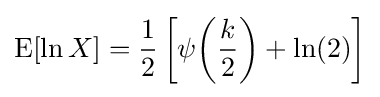
\operatorname {E} [\ln X]={\frac {1}{2}}\left[\psi {\left({\frac {k}{2}}\right)}+\ln(2)\right]